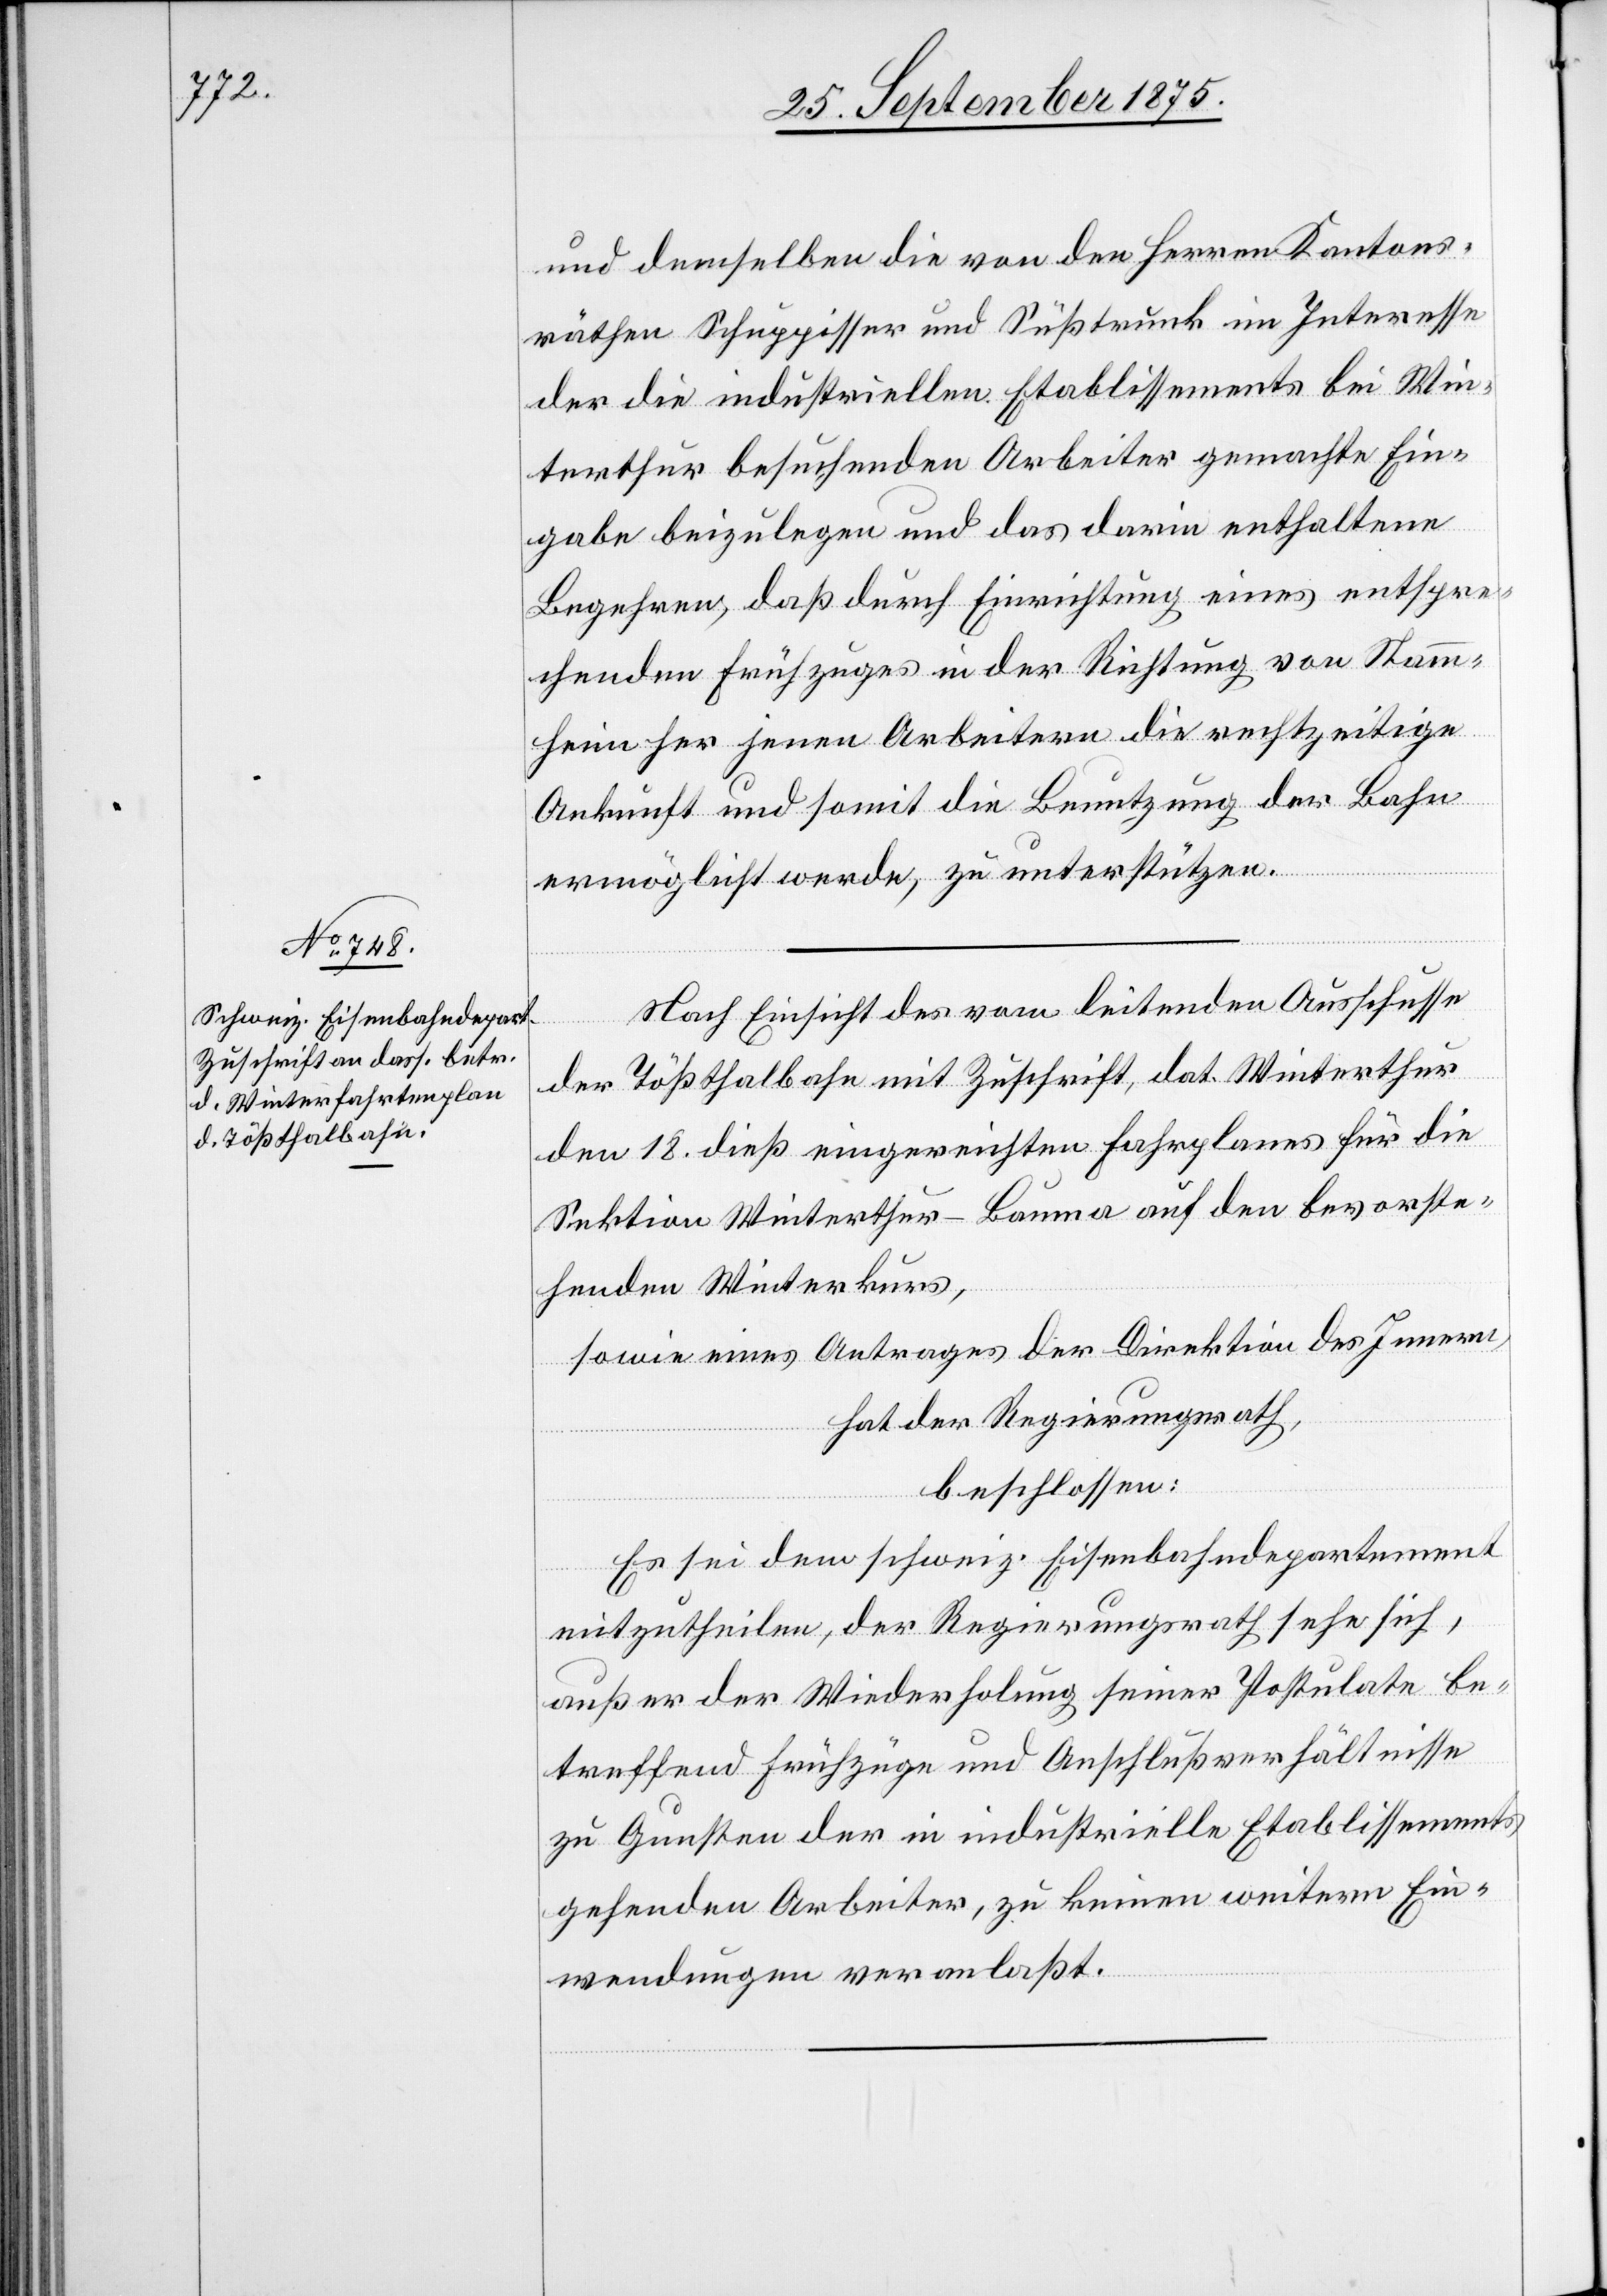
und demselben die von den Herren Kantons¬
räthen Schuppisser und Süßtrunk im Interesse
der die industriellen Etablissements bei Win¬
terthur besuchenden Arbeiter gemachte Ein¬
gabe beizulegen und das darin enthaltene
Begehren, daß durch Einrichtung eines entspre¬
chenden Frühzuges in der Richtung von Stamm¬
heim her jenen Arbeitern die rechtzeitige
Ankunft und somit die Benutzung der Bahn
ermöglicht werde, zu unterstützen.
Nach Einsicht der vom leitenden Ausschusse
der Tößthalbahn mit Zuschrift, dat. Winterthur
den 18. dieß eingereichten Fahrplanes für die
Sektion Winterthur–Bauma auf den bevorste¬
henden Winterkurs,
sowie eines Antrages der Direktion des Innern,
hat der Regierungsrath,
beschlossen:
Es sei dem schweiz. Eisenbahndepartement
mitzutheilen, der Regierungsrath sehe sich,
außer der Wiederholung seiner Postulate be¬
treffend Frühzüge und Anschlußverhältnisse
zu Gunsten der in industrielle Etablissements
gehenden Arbeiter, zu keinen weitern Ein¬
wendungen veranlaßt.